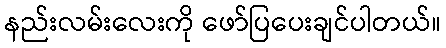
နည်းလမ်းလေးကို ဖော်ပြပေးချင်ပါတယ်။